Treatise on elephants
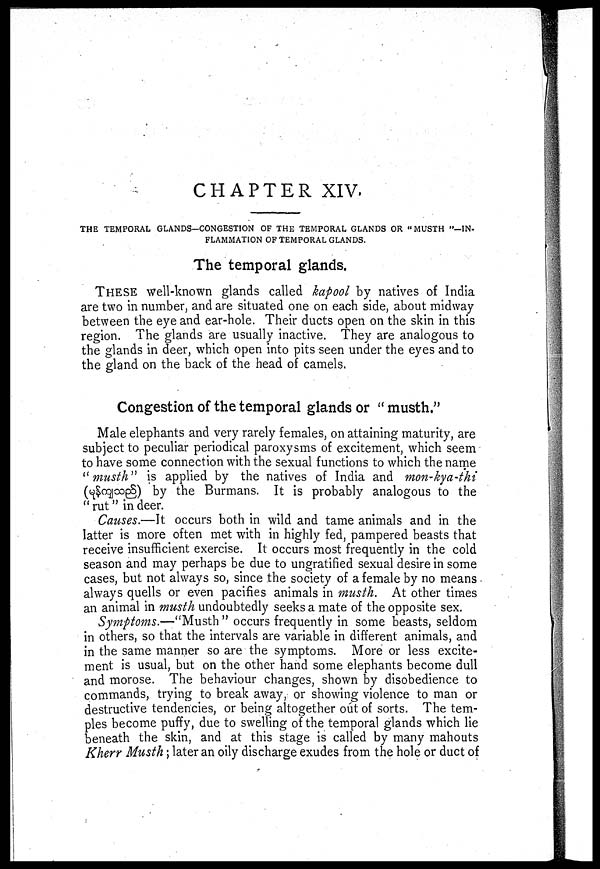
CHAPTER XIV.
THE TEMPORAL GLANDS-CONGESTION OF THE TEMPORAL GLANDS OR "MUSTH"-IN-
FLAMMATION OF TEMPORAL GLANDS.
The temporal glands.
THESE well-known glands called kapool by natives of India
are two in number, and are situated one on each side, about midway
between the eye and ear-hole. Their ducts open on the skin in this
region. The glands are usually inactive. They are analogous to
the glands in deer, which open into pits seen under the eyes and to
the gland on the back of the head of camels.
Congestion of the temporal glands or "musth."
Male elephants and very rarely females, on attaining maturity, are
subject to peculiar periodical paroxysms of excitement, which seem
to have some connection with the sexual functions to which the name
"musth" is applied by the natives of India and mon-kya-ihi
(
) by the Burmans. It is probably analogous to the
"rut" in deer.
Causes.—It occurs both in wild and tame animals and in the
latter is more often met with in highly fed, pampered beasts that
receive insufficient exercise. It occurs most frequently in the cold
season and may perhaps be due to ungratified sexual desire in some
cases, but not always so, since the society of a female by no means
always quells or even pacifies animals in musth. At other times
an animal in musth undoubtedly seeks a mate of the opposite sex.
Symptoms.—"Musth" occurs frequently in some beasts, seldom
in others, so that the intervals are variable in different animals, and
in the same manner so are the symptoms. More or less excite-
ment is usual, but on the other hand some elephants become dull
and morose. The behaviour changes, shown by disobedience to
commands, trying to break away, or showing violence to man or
destructive tendencies, or being altogether out of sorts. The tem-
ples become puffy, due to swelling of the temporal glands which lie
beneath the skin, and at this stage is called by many mahouts
Kherr Musth; later an oily discharge exudes from the hole or duct of